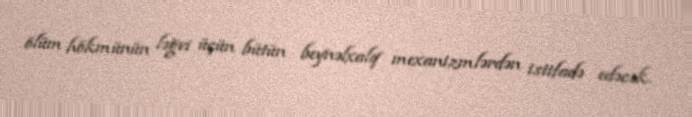
ölüm hökmünün ləğvi üçün bütün beynəlxalq mexanizmlərdən istifadə edəcək.